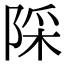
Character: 𨺉